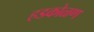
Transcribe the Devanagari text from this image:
हडकोळण